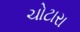
ચોટારા